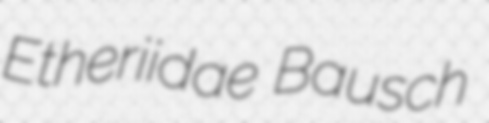
Etheriidae Bausch